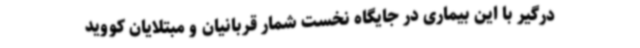
درگیر با این بیماری در جایگاه نخست شمار قربانیان و مبتلایان کووید